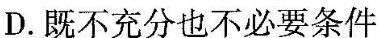
D.既不充分也不必要条件